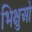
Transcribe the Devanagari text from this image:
भिक्षुओ